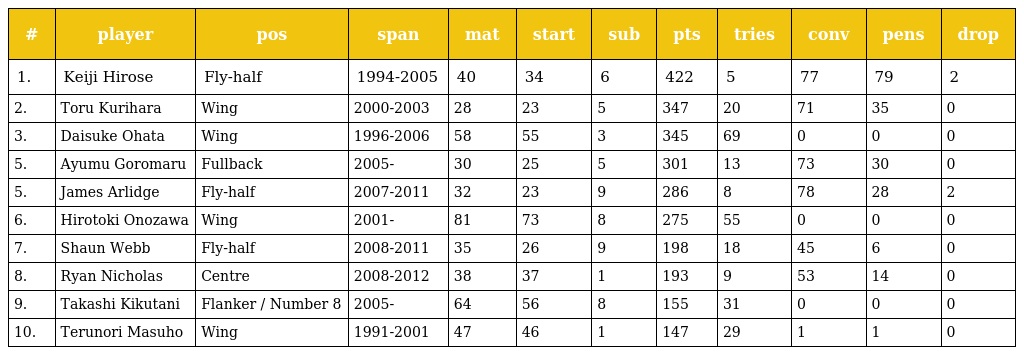
| # | player | pos | span | mat | start | sub | pts | tries | conv | pens | drop |
 | --- | --- | --- | --- | --- | --- | --- | --- | --- | --- | --- | --- |
 | 1. | Keiji Hirose | Fly-half | 1994-2005 | 40 | 34 | 6 | 422 | 5 | 77 | 79 | 2 |
 | 2. | Toru Kurihara | Wing | 2000-2003 | 28 | 23 | 5 | 347 | 20 | 71 | 35 | 0 |
 | 3. | Daisuke Ohata | Wing | 1996-2006 | 58 | 55 | 3 | 345 | 69 | 0 | 0 | 0 |
 | 5. | Ayumu Goromaru | Fullback | 2005- | 30 | 25 | 5 | 301 | 13 | 73 | 30 | 0 |
 | 5. | James Arlidge | Fly-half | 2007-2011 | 32 | 23 | 9 | 286 | 8 | 78 | 28 | 2 |
 | 6. | Hirotoki Onozawa | Wing | 2001- | 81 | 73 | 8 | 275 | 55 | 0 | 0 | 0 |
 | 7. | Shaun Webb | Fly-half | 2008-2011 | 35 | 26 | 9 | 198 | 18 | 45 | 6 | 0 |
 | 8. | Ryan Nicholas | Centre | 2008-2012 | 38 | 37 | 1 | 193 | 9 | 53 | 14 | 0 |
 | 9. | Takashi Kikutani | Flanker / Number 8 | 2005- | 64 | 56 | 8 | 155 | 31 | 0 | 0 | 0 |
 | 10. | Terunori Masuho | Wing | 1991-2001 | 47 | 46 | 1 | 147 | 29 | 1 | 1 | 0 |